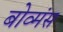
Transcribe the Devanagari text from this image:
बोव्मंस